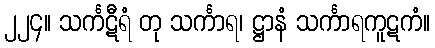
၂၂၄။ သင်္ကဋီရံ တု သင်္ကာရ၊ ဋ္ဌာနံ သင်္ကာရကူဋကံ။